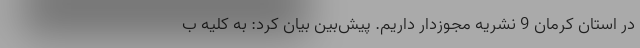
در استان کرمان 9 نشریه مجوزدار داریم. پیش‌بین بیان کرد: به کلیه ب